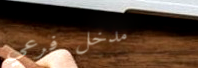
مدخل فرعي